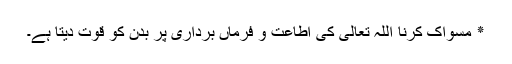
٭ مسواک کرنا اللہ تعالی کی اطاعت و فرماں برداری پر بدن کو قوت دیتا ہے۔